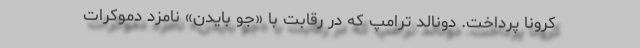
کرونا پرداخت. دونالد ترامپ که در رقابت با «جو بایدن» نامزد دموکرات